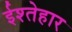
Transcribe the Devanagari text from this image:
ईश्तेहार